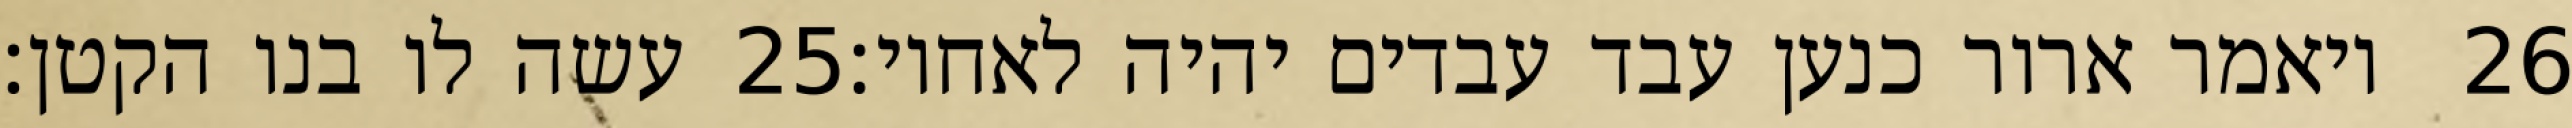
עשה לו בנו הקטן׃ ‎25‏ ויאמר ארור כנען עבד עבדים יהיה לאחיו׃ ‎26‏